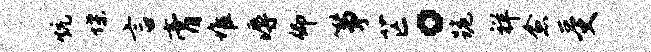
炕堞言膏堆溽仰筝芒。跪祥愈受